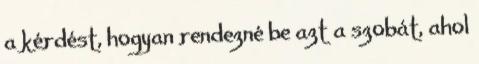
a kérdést, hogyan rendezné be azt a szobát, ahol